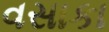
વસાકા